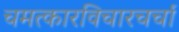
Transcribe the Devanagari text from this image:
चमत्कारविचारचर्चा